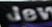
jew